Lunatic asylums Bombay report 1891-1903 - 1891-1903
Year: 1891
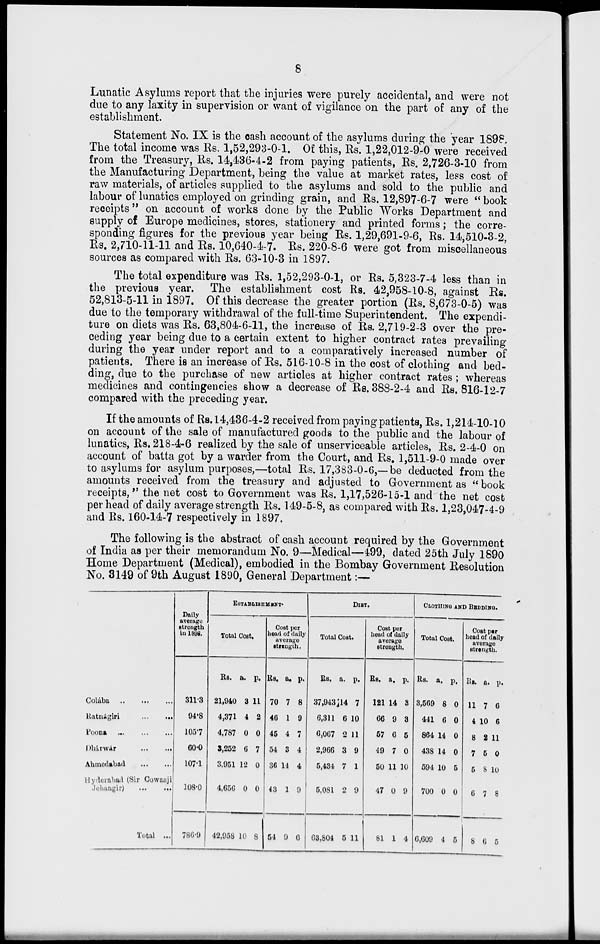
8
Lunatic Asylums report that the injuries were purely accidental, and were not
due to any laxity in supervision or want of vigilance on the part of any of the
establishment.
Statement No. IX is the cash account of the asylums during the year 1898.
The total income was Rs. 1,52,293-0-1. Of this, Rs. 1,22,012-9-0 were received
from the Treasury, Rs. 14,436-4-2 from paying patients, Rs. 2,726-3-10 from
the Manufacturing Department, being the value at market rates, less cost of
raw materials, of articles supplied to the asylums and sold to the public and
labour of lunatics employed on grinding grain, and Rs. 12,897-6-7 were "book
receipts" on account of works done by the Public Works Department and
supply of Europe medicines, stores, stationery and printed forms; the corre-
sponding figures for the previous year being Rs. 1,29,691-9-6, Rs. 14,510-3-2,
Rs. 2,710-11-11 and Rs. 10,640-4-7. Rs. 220-8-6 were got from miscellaneous
sources as compared with Rs. 63-10-3 in 1897.
The total expenditure was Rs. 1,52,293-0-1, or Rs. 5,323-7-4 less than in
the previous year. The establishment cost Rs. 42,958-10-8, against Rs.
52,813-5-11 in 1897. Of this decrease the greater portion (Rs. 8,673-0-5) was
due to the temporary withdrawal of the full-time Superintendent. The expendi-
ture on diets was Rs. 63,804-6-11, the increase of Rs. 2,719-2-3 over the pre-
ceding year being due to a certain extent to higher contract rates prevailing
during the year under report and to a comparatively increased number of
patients. There is an increase of Rs. 516-10-8 in the cost of clothing and bed-
ding, due to the purchase of new articles at higher contract rates ; whereas
medicines and contingencies show a decrease of Rs. 388-2-4 and Rs. 816-12-7
compared with the preceding year.
If the amounts of Rs. 14,436-4-2 received from paying patients, Rs. 1,214-10-10
on account of the sale of manufactured goods to the public and the labour of
lunatics, Rs. 218-4-6 realized by the sale of unserviceable articles, Rs. 2-4-0 on
account of batta got by a warder from the Court, and Rs. 1,511-9-0 made over
to asylums for asylum purposes,—total Rs. 17,383-0-6,—be deducted from the
amounts received from the treasury and adjusted to Government as "book
receipts," the net cost to Government was Rs. 1,17,526-15-1 and the net cost
per head of daily average strength Rs. 149-5-8, as compared with Rs. 1,23,047-4-9
and Rs. 160-14-7 respectively in 1897.
The following is the abstract of cash account required by the Government
of India as per their memorandum No. 9—Medical—499, dated 25th July 1890
Home Department (Medical), embodied in the Bombay Government Resolution
No. 3149 of 9th August 1890, General Department:—
Colába ... ... ...
Ratnágiri
...
...
Poona
...
...
...
Dhárwár
...
...
Ahmedabad ... ...
Hyderabad (Sir Cowasji
Jehangir)
...
...
Total ...
Daily
average
strength
in 1898.
311.3
94.8
105.7
60.0
107.1
108.0
786.9
ESTABLISHMENT.
Total Cost.
Rs.
21,940
4,371
4,787
3,252
3,951
4,656
42,958
a.
3
4
0
6
12
0
10
p.
11
2
0
7
0
0
8
Cost per
head of daily
average
strength.
Rs.
70
46
45
54
36
43
54
a.
7
1
4
3
11
1
9
p.
8
9
7
4
4
9
6
DIET.
Total Cost.
Rs.
37,943
6,311
6,067
2,966
5,434
5,081
63,804
a.
14
6
2
3
7
2
5
p.
7
10
11
9
1
9
11
Cost per
head of daily
average
strength.
Rs.
121
66
57
49
50
47
81
a.
14
9
6
7
11
0
1
p.
3
3
5
0
10
9
4
CLOTHING AND BEDDING.
Total Cost.
Rs.
3,569
441
864
438
594
700
6,609
a.
8
6
14
14
10
0
4
p.
0
0
0
0
5
0
5
Cost per
head of daily
average
strength.
Rs.
11
4
8
7
5
6
8
a.
7
10
2
5
8
7
6
p.
6
6
11
0
10
8
5